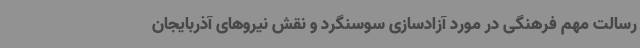
رسالت مهم فرهنگی در مورد آزادسازی سوسنگرد و نقش نیروهای آذربایجان